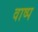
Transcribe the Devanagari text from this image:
वाष्‍प